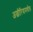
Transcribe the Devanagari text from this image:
अल्जीरियामधील